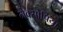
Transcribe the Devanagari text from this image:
नेक्सोपिया